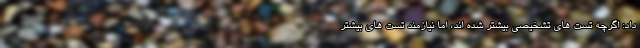
داد: اگرچه تست های تشخیصی بیشتر شده اند، اما نیازمند تست های بیشتر